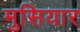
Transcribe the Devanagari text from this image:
मुसियार